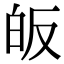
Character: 皈